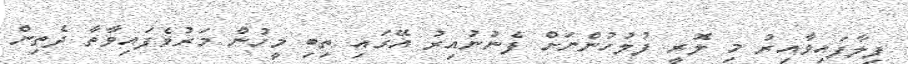
ފިލާފައިވާއިރު މި ލޮރީ ފުލުހުންނަށް ފެނުނުއިރު އޭގައި ތިބި މީހުން މަރުވެފައިވާތާ ދެތިން